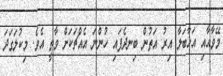
މޭވާއާއި އަޅާބަލާ އިރު އަތުން ބިނދެފައި ހުންނަ އެއްޗަކަށް ވާތީ އެވެ. މިކުލަގަދަ